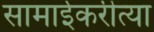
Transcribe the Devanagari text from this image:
सामाईकरीत्या